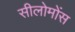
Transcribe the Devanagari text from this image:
सीलोमोंस